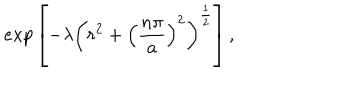
e x p \left[ - \lambda \left( r ^ { 2 } + \left( \frac { n \pi } { a } \right) ^ { 2 } \right) ^ { \frac { 1 } { 2 } } \right] ,